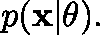
p ( \mathbf { x } | \mathbf { \theta } ) .